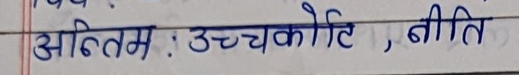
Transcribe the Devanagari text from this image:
अन्तिम : उच्चकोटि, नीति